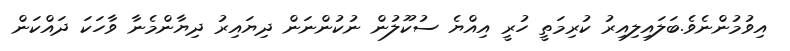
އިވުމުންނެވެ.ބަލައިލިއިރު ކުރިމަތީ ހުރީ އިއްޔެ ސުކޫލުން ނުކުންނަން ދިޔައިރު ދިޔާންމެނާ ވާހަކަ ދައްކަން